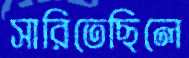
সারিতেছিলে